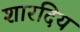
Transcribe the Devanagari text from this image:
शारदिय